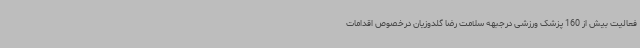
فعالیت بیش از 160 پزشک ورزشی درجبهه سلامت رضا گلدوزیان درخصوص اقدامات